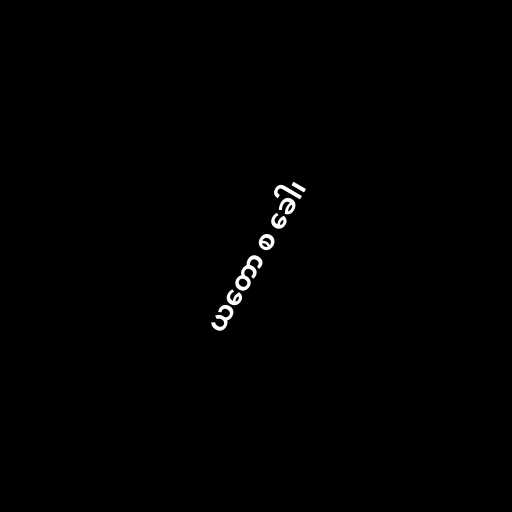
ယတော စ ခေါ၊